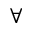
\forall